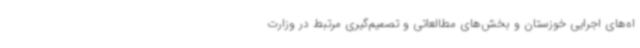
اه‌های اجرایی خوزستان و بخش‌های مطالعاتی و تصمیم‌گیری مرتبط در وزارت